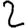
Digit: 2